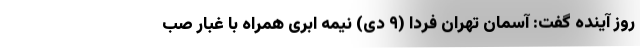
روز آینده گفت: آسمان تهران فردا (۹ دی) نیمه ابری همراه با غبار صب